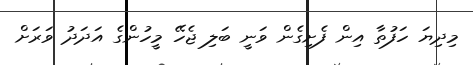
މިދިޔަ ހަފުތާ އިން ފެށިގެން ވަނީ ބަލި ޖެހޭ މީހުންގެ އަދަދު ވަރަށް